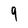
Character: 9